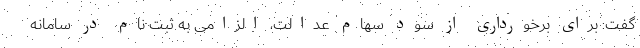
گفت: برای برخورداری از سود سهام عدالت، الزامی به ثبت نام در سامانه